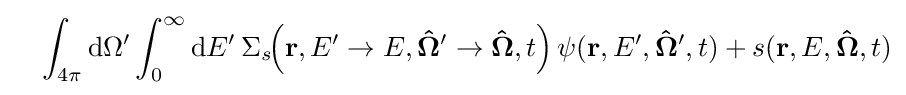
\quad \int _{4\pi }\mathrm {d} \Omega ^{\prime }\int _{0}^{\infty }\mathrm {d} E^{\prime }\,\Sigma _{s}\!\!\left(\mathbf {r} ,E^{\prime }\rightarrow E,\mathbf {\hat {\Omega }} ^{\prime }\rightarrow \mathbf {\hat {\Omega }} ,t\right)\psi (\mathbf {r} ,E^{\prime },\mathbf {{\hat {\Omega }}^{\prime }} ,t)+s(\mathbf {r} ,E,\mathbf {\hat {\Omega }} ,t)